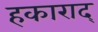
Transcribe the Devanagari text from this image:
हकाराद्